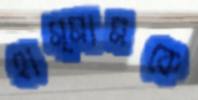
হাম্মামকে